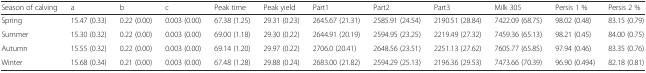
<table><thead><tr><td><b>Season of calving</b></td><td><b>a</b></td><td><b>b</b></td><td><b>c</b></td><td><b>Peak time</b></td><td><b>Peak yield</b></td><td><b>Part1</b></td><td><b>Part2</b></td><td><b>Part3</b></td><td><b>Milk 305</b></td><td><b>Persis 1 %</b></td><td><b>Persis 2 %</b></td></tr></thead><tbody><tr><td>Spring</td><td>15.47 (0.33)</td><td>0.22 (0.00)</td><td>0.003 (0.00)</td><td>67.38 (1.25)</td><td>29.31 (0.23)</td><td>2645.67 (21.31)</td><td>2585.91 (24.54)</td><td>2190.51 (28.84)</td><td>7422.09 (68.75)</td><td>98.02 (0.48)</td><td>83.15 (0.79)</td></tr><tr><td>Summer</td><td>15.30 (0.32)</td><td>0.22 (0.00)</td><td>0.003 (0.00)</td><td>69.00 (1.18)</td><td>29.30 (0.22)</td><td>2644.91 (20.19)</td><td>2594.95 (23.25)</td><td>2219.49 (27.32)</td><td>7459.36 (65.13)</td><td>98.21 (0.45)</td><td>84.00 (0.75)</td></tr><tr><td>Autumn</td><td>15.55 (0.32)</td><td>0.22 (0.00)</td><td>0.003 (0.00)</td><td>69.14 (1.20)</td><td>29.97 (0.22)</td><td>2706.0 (20.41)</td><td>2648.56 (23.51)</td><td>2251.13 (27.62)</td><td>7605.77 (65.85)</td><td>97.94 (0.46)</td><td>83.35 (0.76)</td></tr><tr><td>Winter</td><td>15.68 (0.34)</td><td>0.21 (0.00)</td><td>0.003 (0.00)</td><td>67.48 (1.28)</td><td>29.88 (0.24)</td><td>2683.00 (21.82)</td><td>2594.29 (25.13)</td><td>2196.36 (29.53)</td><td>7473.66 (70.39)</td><td>96.90 (0.494)</td><td>82.18 (0.81)</td></tr></tbody></table>